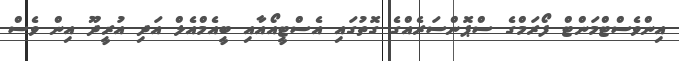
އިންވެސްޓްމަންޓް ފޯރަމްގެ ސްޕޮންސަރެއްގެ ގޮތުގައި އެސްޓީއޯއާއި ބީއެމްއެލް އަދި އުރީދޫ އިން ވެސް